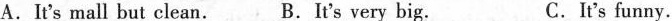
A.It's mall but clean. B.It's very big. C.It's funny.